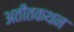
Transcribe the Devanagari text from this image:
अतीतकथन